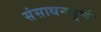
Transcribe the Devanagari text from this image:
संसाधनपूर्ण